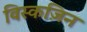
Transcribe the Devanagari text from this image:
विस्कज़िन